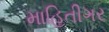
માહિતીગર